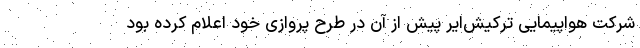
شرکت هواپیمایی ترکیش‌ایر پیش از آن در طرح پروازی خود اعلام کرده بود